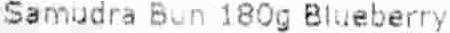
SAMUDRA BUN 180G BLUEBERRY